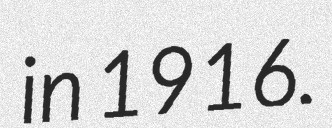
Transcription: in 1916.